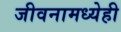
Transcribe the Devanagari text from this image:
जीवनामध्येही